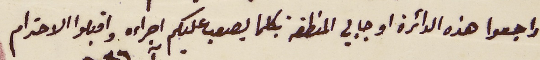
راجعوا هذه الدائرة او جابي المنطقة بكلما يصعب عليكم اجراءه واقبلوا الاحترام